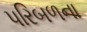
પરિબળના